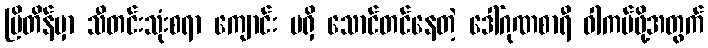
ဗြိတိန်မှာ သီတင်းသုံးစရာ ကျောင်း မရှိ သောင်တင်နေတဲ့ ဒေါ်ဂုဏစာရီ ဝါကပ်ဖို့အတွက်